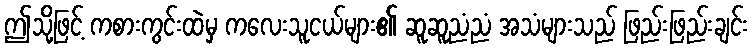
ဤသို့ဖြင့် ကစားကွင်းထဲမှ ကလေးသူငယ်များ၏ ဆူဆူညံညံ အသံများသည် ဖြည်းဖြည်းချင်း